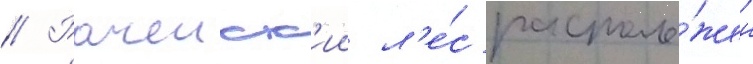
// Рачеиск'ии л'е́с располо́жен